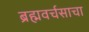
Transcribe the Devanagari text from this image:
ब्रह्मवर्चसाचा